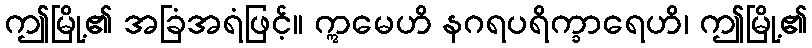
ဤမြို့၏ အခြံအရံဖြင့်။ ဣမေဟိ နဂရပရိက္ခာရေဟိ၊ ဤမြို့၏